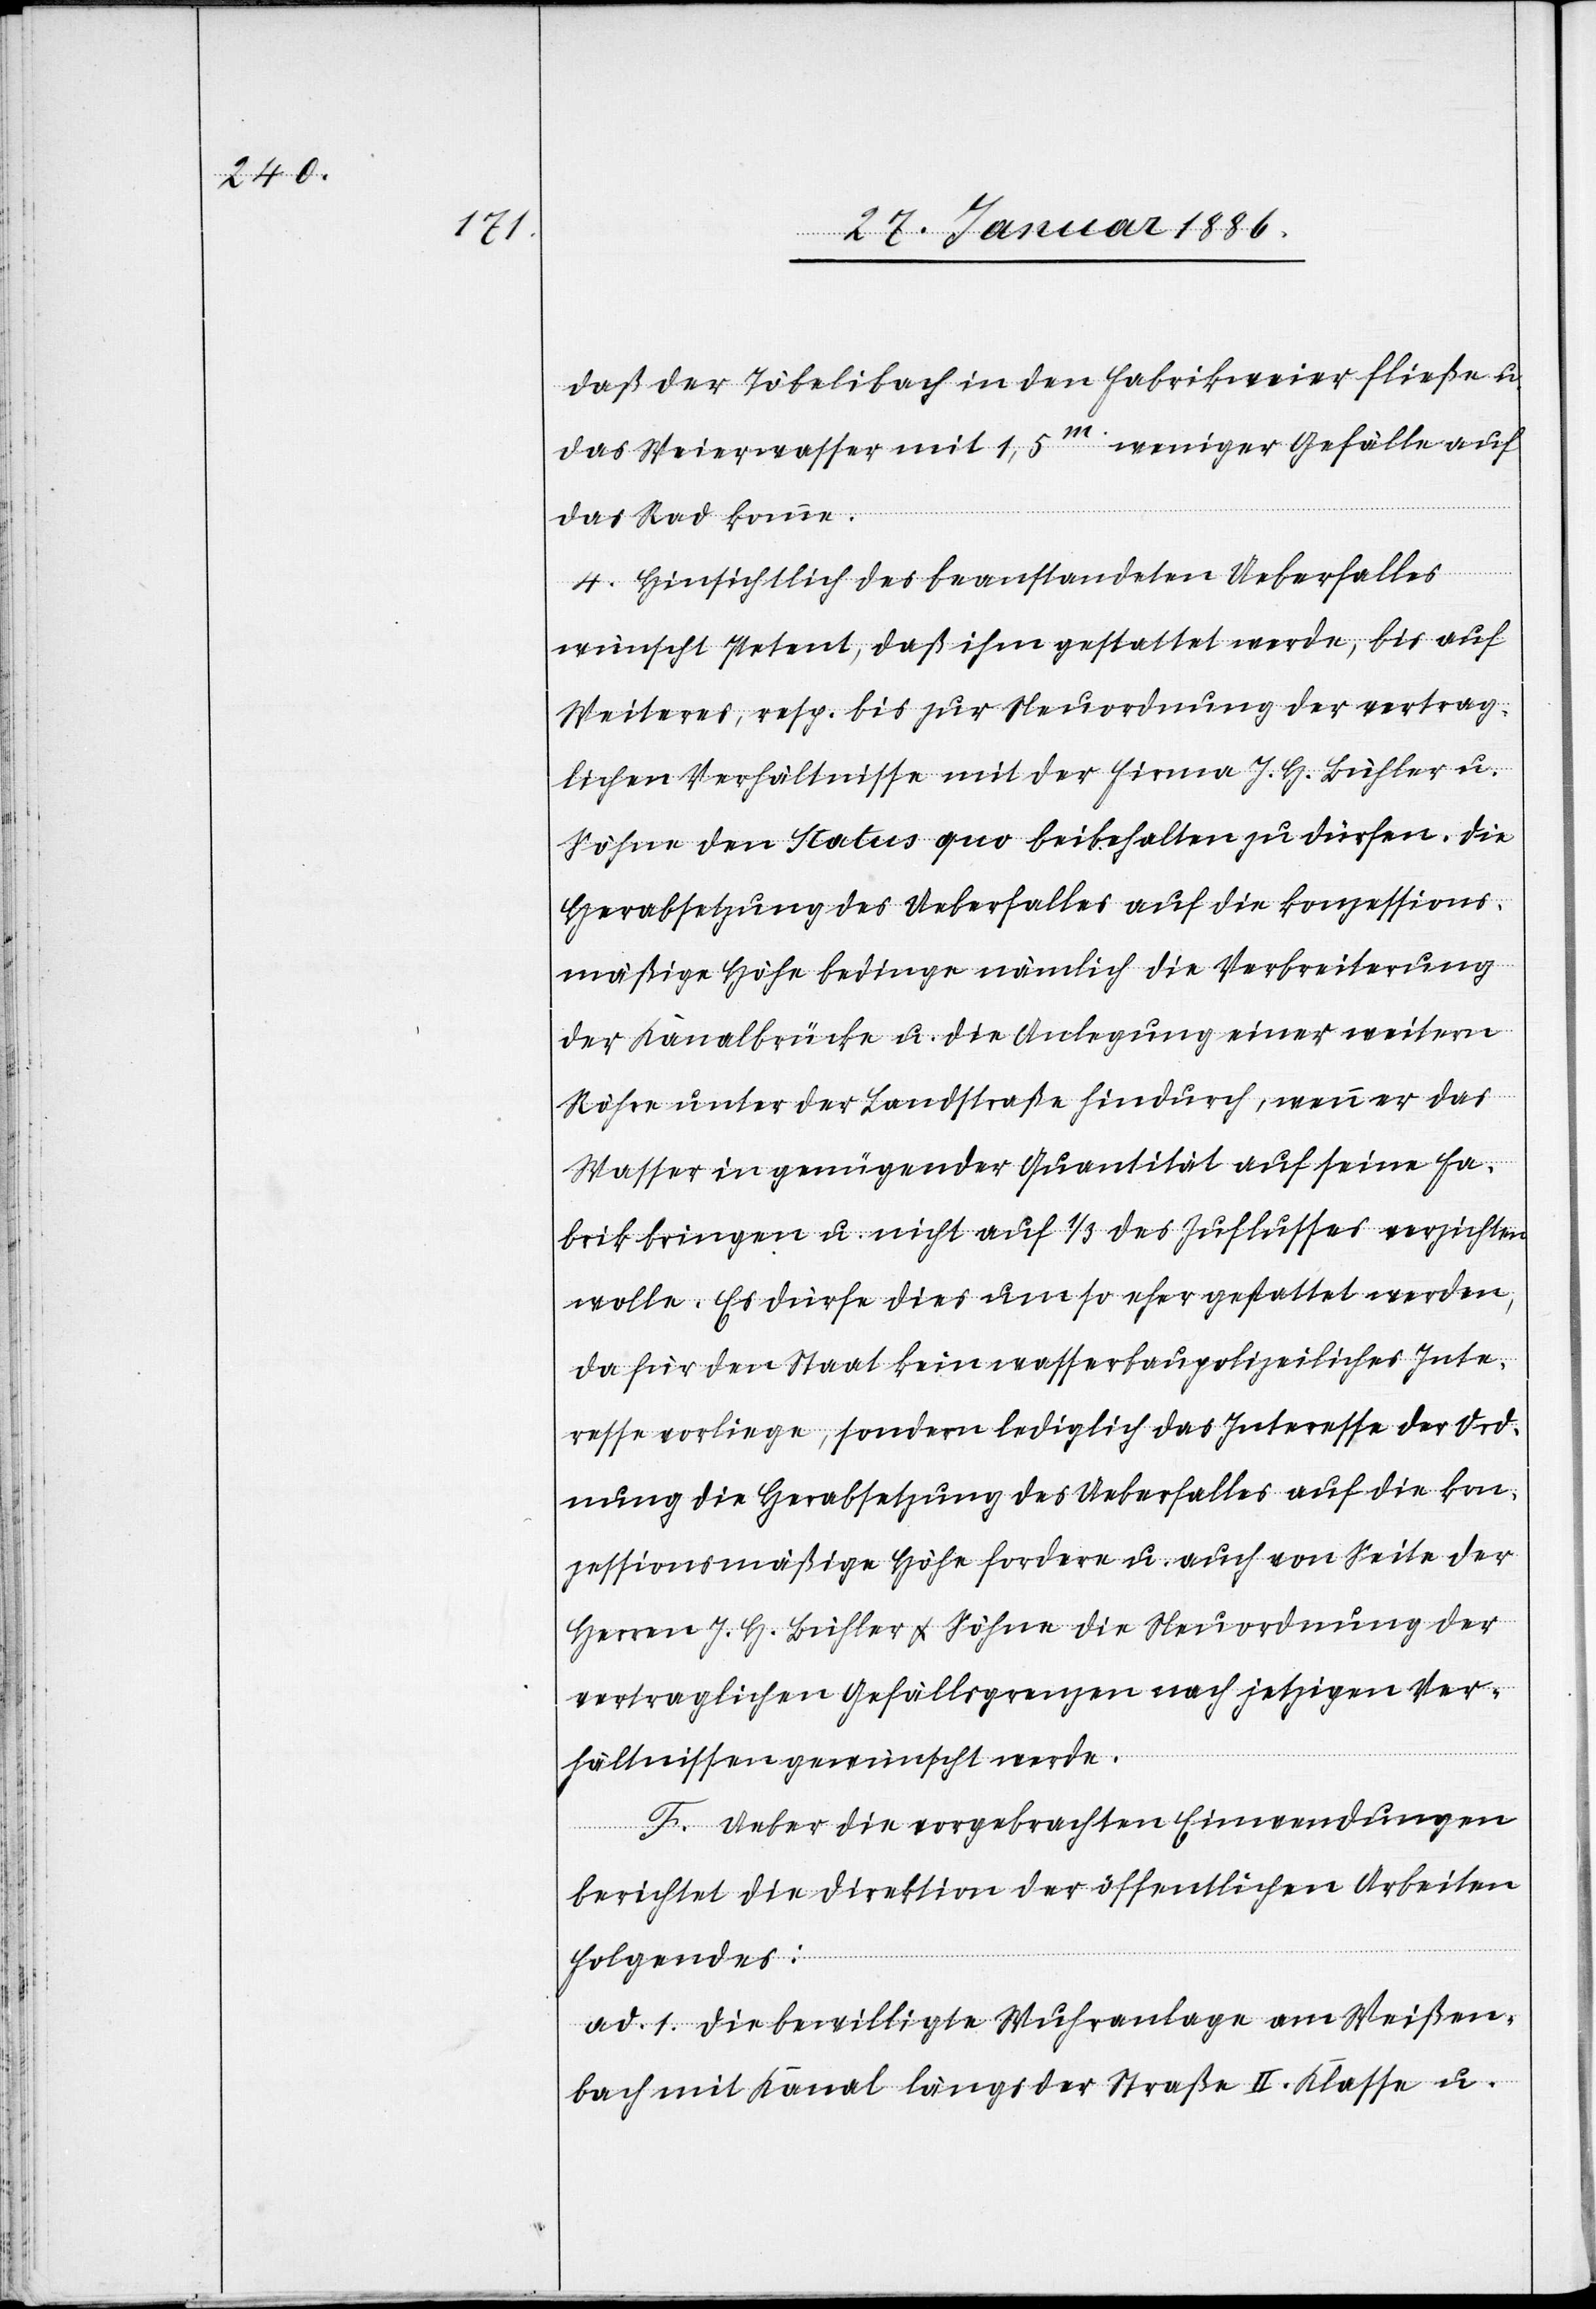
daß der Töbelibach in den Fabrikweier fließe u.
das Weierwasser mit 1,5 m weniger Gefälle auf
das Rad komme.
4. Hinsichtlich des beanstandeten Ueberfalles
wünscht Petent, daß ihm gestatte werde, bis auf
Weiteres, resp. bis zur Neuordnung der vertrag¬
lichen Verhältnisse mit der Firma J. H. Bühler u.
Söhne den Status quo beibehalten zu dürfen. Die
Herabsetzung des Ueberfalles auf die konzessions¬
mäßige Höhe bedinge nämlich die Verarbeitung
der Kanalbrücke u. die Anlegung einer weitern
Röhre unter der Landstraße hindurch, wenn er das
Wasser in genügender Quantität auf seine Fa¬
brik bringen u. nicht auf 1/3 des Zuflusses verzichten
wolle. Es dürfe dies um so eher gestattet werde,
da für den Staat kein wasserbaupolizeiliches Inte¬
resse vorliege, sondern lediglich das Interesse der Ord¬
nung die Herabsetzung des Ueberfalles auf die kon¬
zessionsmäßige Höhe fordern u. auch von Seite der
Herren J. H. Bühler & Söhne die Neuordnung der
vertraglichen Gefällsgrenzen nach jetzigen Ver¬
hältnissen gewünscht werde.
F. Ueber die vorgebrachten Einwendungen
berichtet die Direktion der öffentlichen Arbeiten
folgendes:
ad. 1. Die bewilligte Wuhranlage am Weißen¬
bach mit Kanal längs der Straße II. Klasse u.